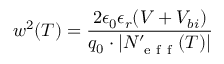
w ^ { 2 } ( T ) = \frac { 2 \epsilon _ { 0 } \epsilon _ { r } ( V + V _ { b i } ) } { q _ { 0 } \cdot \lvert N _ { \mathrm { ~ e ~ f ~ f ~ } } ^ { \prime } ( T ) \rvert }